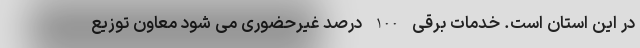
در این استان است. خدمات برقی 100 درصد غیرحضوری می شود معاون توزیع